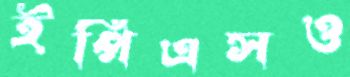
ইপিএসও